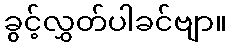
ခွင့်လွှတ်ပါခင်ဗျာ။